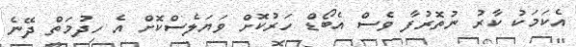
އެކަމަކު ކާރު ނުތޮރުފާ ވެސް އެބޯޑް ހަރުކޮށް ވަޔަލެސްކޮށް އެ ހިދުމަތް ދޭނެ